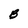
Character: B